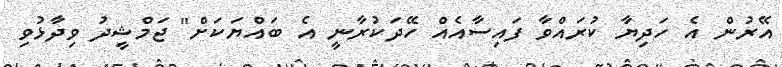
އޭރުން އެ ހަދިޔާ ކުރައްވާ ފައިސާއެއް ހޭދަކުރާނީ އެ ބައްޔަކަށް" ޖަމްޝީދު ވިދާޅުވި